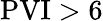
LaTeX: \mathrm{PVI}>6